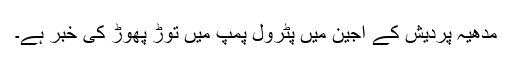
مدھیہ پردیش کے اجین میں پٹرول پمپ میں توڑ پھوڑ کی خبر ہے۔